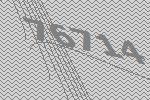
76714